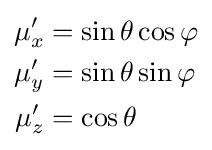
{\begin{aligned}\mu '_{x}&=\sin \theta \cos \varphi \\\mu '_{y}&=\sin \theta \sin \varphi \\\mu '_{z}&=\cos \theta \\\end{aligned}}